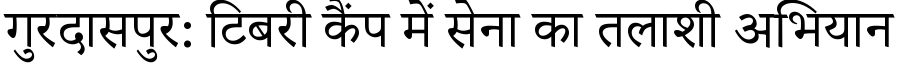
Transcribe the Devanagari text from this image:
गुरदासपुर: टिबरी कैंप में सेना का तलाशी अभियान